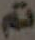
تم